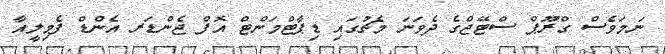
ނަމަވެސް ގްރޫޕް ސްޓޭޖްގެ ދެވަނަ މެޗުގައި ޑިޕާޓްމަންޓް އޮފް ޖެންޑަރ އެންޑް ފެމިލީއާ